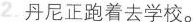
2. 丹尼正跑着去学校.